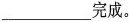
___完成。